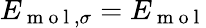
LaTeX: E_{\mathrm{~m~o~l~},\sigma}=E_{\mathrm{~m~o~l~}}